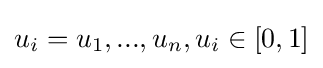
u_{i}=u_{1},...,u_{n},u_{i}\in [0,1]